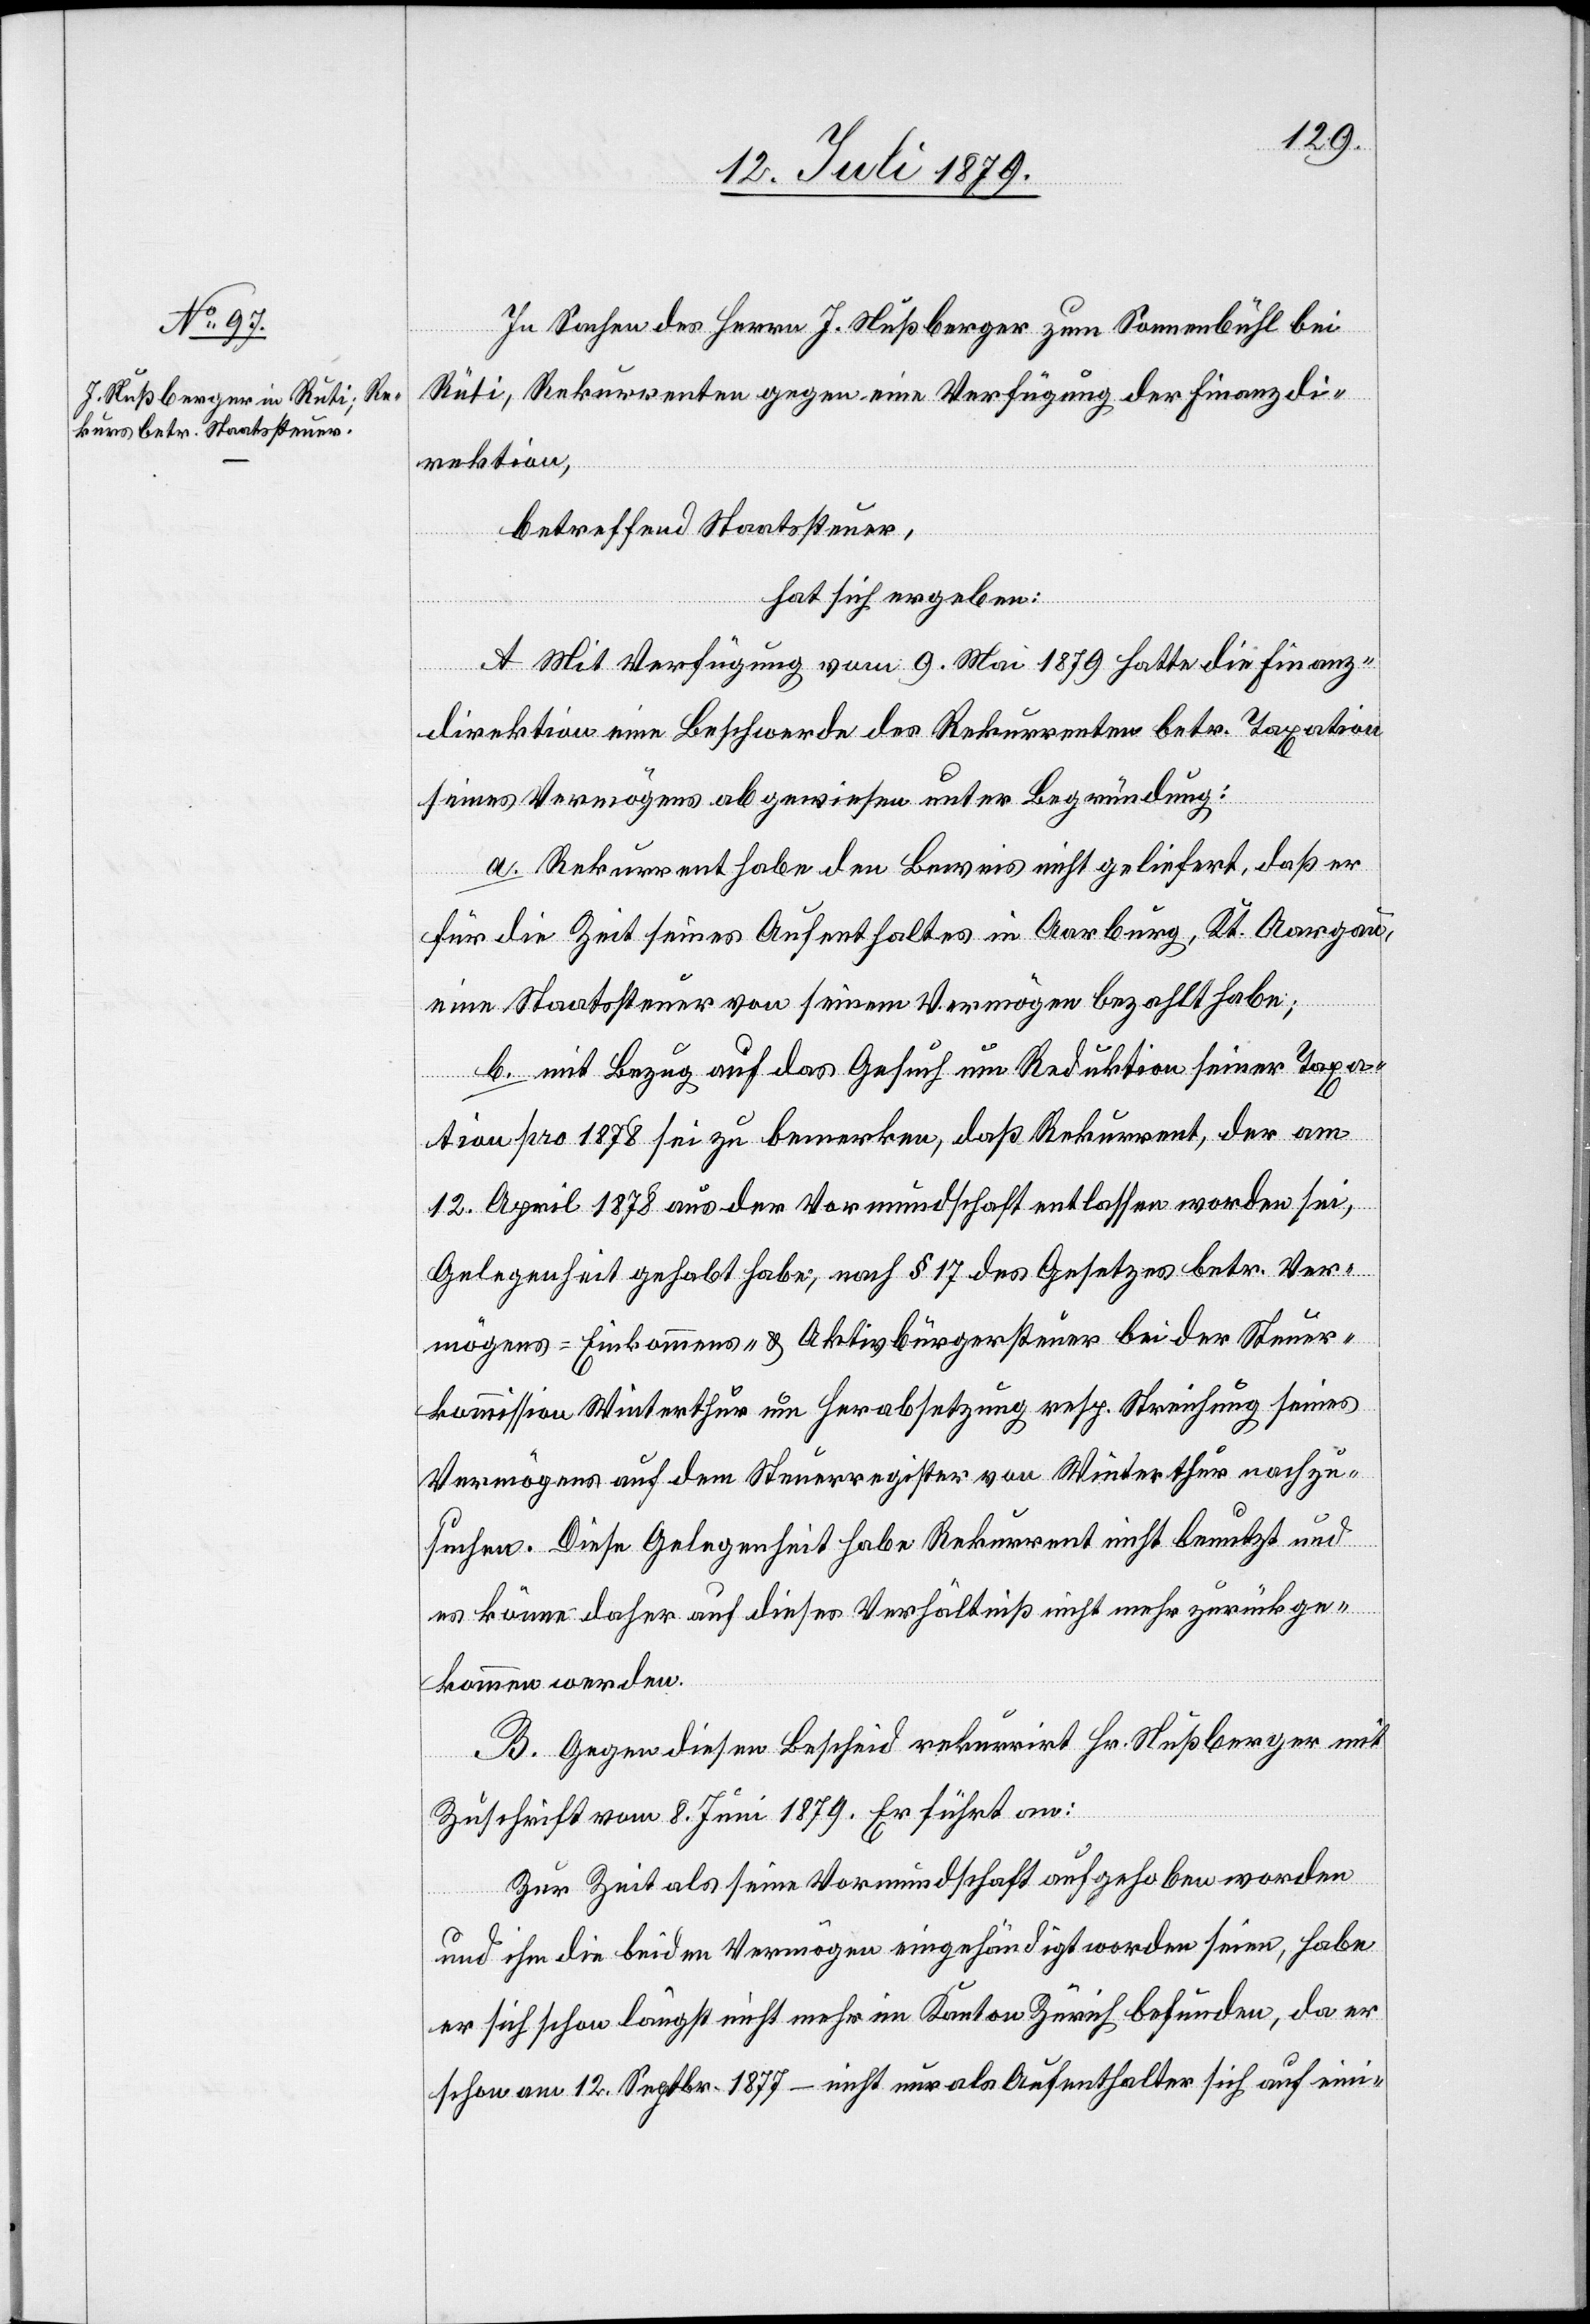
In Sachen des Herrn J. Nußberger zum Sonnenbühl bei
Rüti, Rekurrenten gegen eine Verfügung der Finanzdi¬
rektion,
betreffend Staatssteuer,
hat sich ergeben:
A. Mit Verfügung vom 9. Mai 1879 hatte die Finanz¬
direktion eine Beschwerde des Rekurrenten betr. Taxation
seines Vermögens abgewiesen unter Begründung:
a. Rekurrent habe den Beweis nicht geliefert, daß er
für die Zeit seines Aufenthaltes in Aarburg, Kt. Aargau,
eine Staatssteuer von seinem Vermögen bezahlt habe;
b. mit Bezug auf das Gesuch um Reduktion seiner Taxa¬
tion pro 1878 sei zu bemerken, daß Rekurrent, der am
12. April 1878 aus der Vormundschaft entlassen worden sei,
Gelegenheit gehabt habe, nach § 17 des Gesetzes betr. Ver¬
mögens- Einkommens- & Aktivbürgersteuer bei der Steuer¬
kommission Winterthur um Herabsetzung resp. Streichung seines
Vermögens auf dem Steuerregister von Winterthur nachzu¬
suchen. Diese Gelegenheit habe Rekurrent nicht benutzt und
es könne daher auf dieses Verhältniß nicht mehr zurückge¬
kommen werden.
B. Gegen diesen Bescheid rekurrirt Hr. Nußberger mit
Zuschrift vom 8. Juni 1879. Er führt an:
Zur Zeit als seine Vormundschaft aufgehoben worden
und ihm die beiden Vermögen eingehändigt worden seien, habe
er sich schon längst nicht mehr im Kanton Zürich befunden, da er
schon am 12. Septbr. 1877 – nicht nur als Aufenthalter sich auf eini-